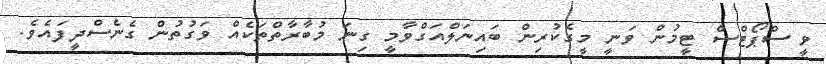
ވީ ސްޕޯޓްސް ޓީމުން ވަނީ މީގެކުރިން ބައިނަލްއަގްވާމީ ގިނަ މުބާރާތްތަކެއް ވަގުތުން ގެނެސްދީފައެވެ.